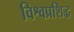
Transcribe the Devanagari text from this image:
विश्वप्रशिद्ध